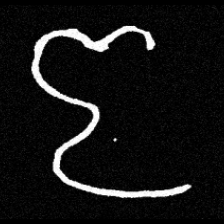
Pyu character \u2014 Myanmar letter: ဇ (romanized: ja)